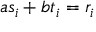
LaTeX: a s _ { i } + b t _ { i } = r _ { i }